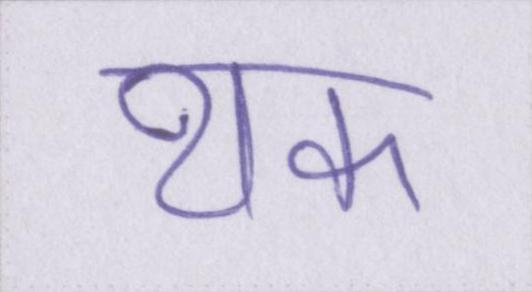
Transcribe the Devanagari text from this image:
थक